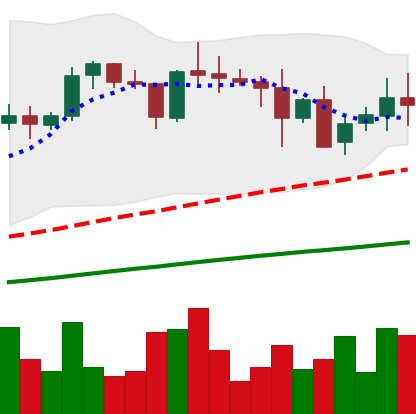
Ticker: XRP-USD
Chart end date: 2021-05-16
Forward return: -30.678%
Label: down_7plus